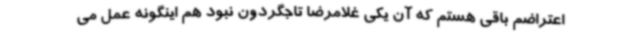
اعتراضم باقی هستم که آن یکی غلامرضا تاجگردون نبود هم اینگونه عمل می